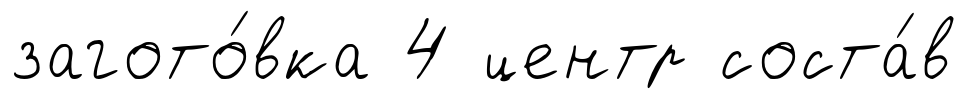
загото́вка 4 центр соста́в